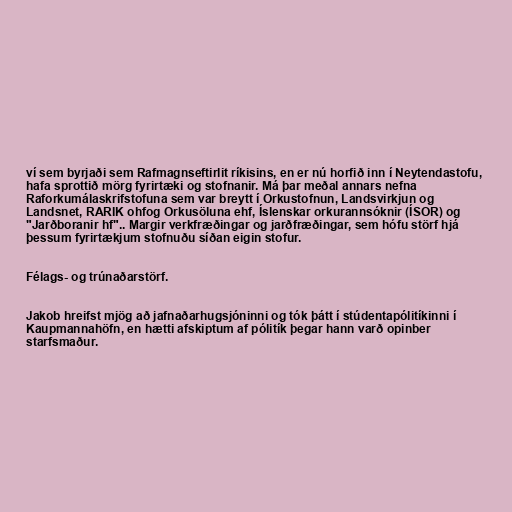
ví sem byrjaði sem Rafmagnseftirlit ríkisins, en er nú horfið inn í Neytendastofu,
hafa sprottið mörg fyrirtæki og stofnanir. Má þar meðal annars nefna
Raforkumálaskrifstofuna sem var breytt í Orkustofnun, Landsvirkjun og
Landsnet, RARIK ohfog Orkusöluna ehf, Íslenskar orkurannsóknir (ÍSOR) og
"Jarðboranir hf".. Margir verkfræðingar og jarðfræðingar, sem hófu störf hjá
þessum fyrirtækjum stofnuðu síðan eigin stofur.

Félags- og trúnaðarstörf.

Jakob hreifst mjög að jafnaðarhugsjóninni og tók þátt í stúdentapólitíkinni í
Kaupmannahöfn, en hætti afskiptum af pólitík þegar hann varð opinber
starfsmaður.